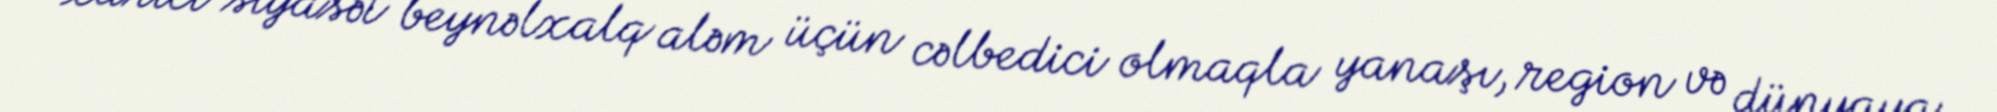
xarici siyasət beynəlxalq aləm üçün cəlbedici olmaqla yanaşı, region və dünyaya